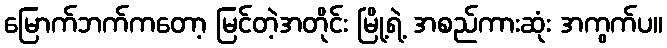
မြောက်ဘက်ကတော့ မြင်တဲ့အတိုင်း မြို့ရဲ့ အစည်ကားဆုံး အကွက်ပ။